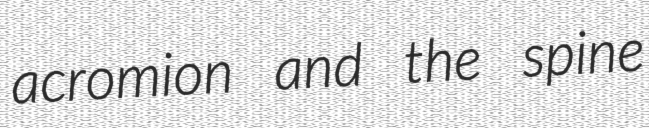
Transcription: acromion and the spine